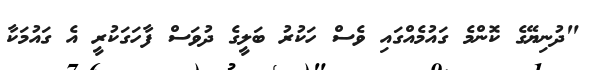
"ދުނިޔޭގެ ކޮންމެ ގައުމެއްގައި ވެސް ހަކުރު ބަލީގެ ދުވަސް ފާހަގަކުރީ އެ ގައުމަކާ